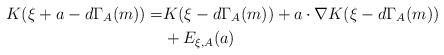
LaTeX: \begin{align*}K(\xi+a-d\Gamma_A(m))=&K(\xi-d\Gamma_A(m))+ a\cdot \nabla K(\xi-d\Gamma_A(m)) \\ &+ E_{\xi,A}(a)\end{align*}